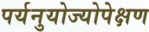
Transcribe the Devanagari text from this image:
पर्यनुयोज्योपेक्षण